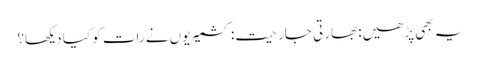
یہ بھی پڑھیں: بھارتی جارحیت: کشمیریوں نے رات کو کیا دیکھا؟